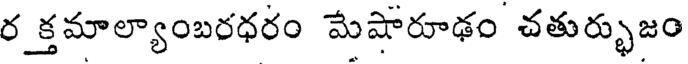
ర_క్తమాల్యాంబరధరం మేషారూఢం చతుర్భుజం